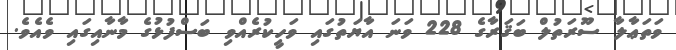
ވަތަޢާލާ ސޫރަތުލް ބަޤަރާގެ 228 ވަނަ އާޔަތުގައި ވަހީކުރެއްވި ބަސްފުޅުގެ މާނާއިގައި ވެއެވެ.